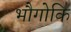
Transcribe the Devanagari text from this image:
भौगोकि